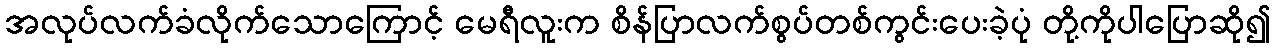
အလုပ်လက်ခံလိုက်သောကြောင့် မေရီလူးက စိန်ပြာလက်စွပ်တစ်ကွင်းပေးခဲ့ပုံ တို့ကိုပါပြောဆို၍